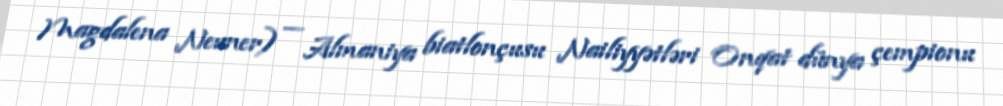
Magdalena Neuner) — Almaniya biatlonçusu Nailiyyətləri Onqat dünya çempionu